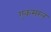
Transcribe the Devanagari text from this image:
एकसरल